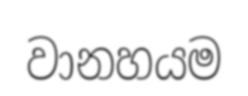
වානහයම